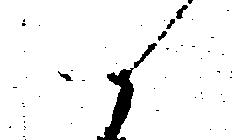
候